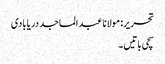
تحریر: مولانا عبد الماجد دریابادی
سچی باتیں۔